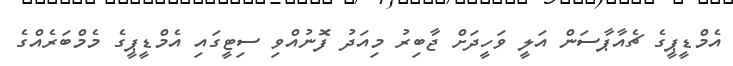
އެމްޑީޕީގެ ޗެއާޕާސަން އަލީ ވަހީދަށް ޖާބިރު މިއަދު ފޮނުއްވި ސިޓީގައި އެމްޑީޕީގެ މެމްބަރެއްގެ